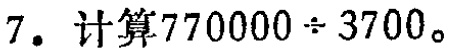
7. 计算\(770000\div3700\)。